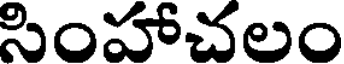
సింహాచలం